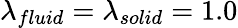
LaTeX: \lambda_{fluid}=\lambda_{solid}=1.0